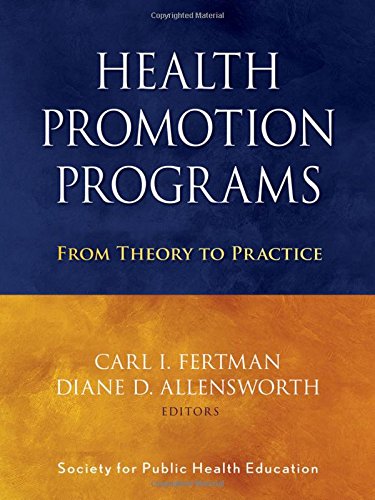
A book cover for Health Promotion Programs: From Theory to Practice; Society for Public Health Education (SOPHE); Medical Books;